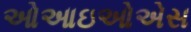
ઓઆઇઓએસ